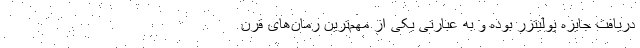
دریافت جایزه پولیتزر بوده و به عبارتی یکی از مهم‌ترین رمان‌های قرن